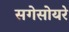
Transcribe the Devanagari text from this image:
सगेसोयरे